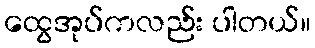
ထွေအုပ်ကလည်း ပါတယ်။